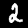
Digit: 2